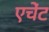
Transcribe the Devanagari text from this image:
एचेंट